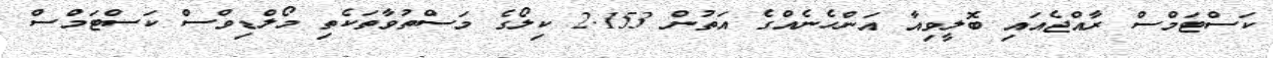
ކަސްޓަމްސް ރާއްޖެއައި ބޮލީވިއާ އަންހެނެއްގެ އަތުން 2.153 ކިލޯގެ މަސްތުވާތަކެތި މޯލްޑިވްސް ކަސްޓަމްސް